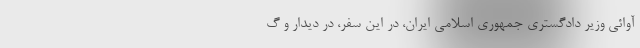
آوائی وزیر دادگستری جمهوری اسلامی ایران، در این سفر، در دیدار و گ